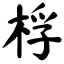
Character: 桴